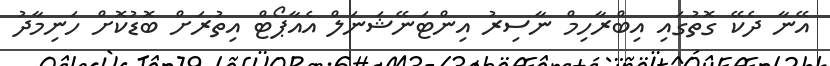
އޭނާ ދެކޭ ގޮތުގައި އިބްރާހިމް ނާސިރު އިންޓަނޭޝަނަލް އެއާޕޯޓް އިތުރަށް ބޮޑުކޮށް ހަނިމާދު